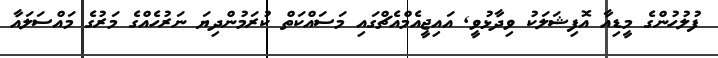
ފުލުހުންގެ މީޑިއާ އޮފިޝަލަކު ވިދާޅުވީ